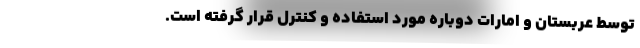
توسط عربستان و امارات دوباره مورد استفاده و کنترل قرار گرفته است.